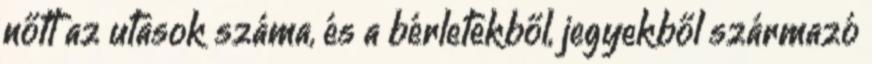
nőtt az utasok száma, és a bérletekből, jegyekből származó